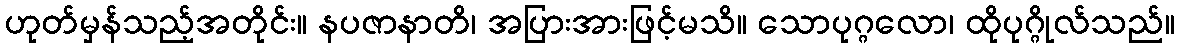
ဟုတ်မှန်သည့်အတိုင်း။ နပဇာနာတိ၊ အပြားအားဖြင့်မသိ။ သောပုဂ္ဂလော၊ ထိုပုဂ္ဂိုလ်သည်။